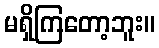
မရှိကြတော့ဘူး။